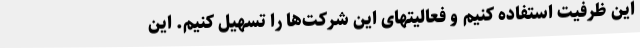
این ظرفیت استفاده کنیم و فعالیتهای این شرکت‌ها را تسهیل کنیم. این